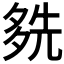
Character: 𡖬